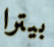
بيترا